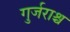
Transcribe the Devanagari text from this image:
गुर्जराश्च